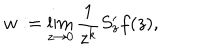
w : = \lim _ { z \to 0 } \frac { 1 } { z ^ { k } } S _ { z } ^ { \prime } f ( z ) ,